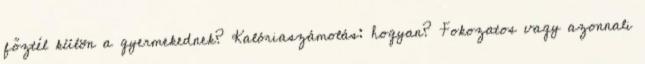
főztél külön a gyermekednek? Kalóriaszámolás: hogyan? Fokozatos vagy azonnali